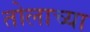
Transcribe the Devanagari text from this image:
तोलाच्या